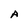
Character: A